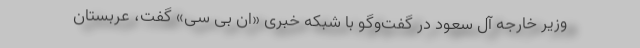
وزیر خارجه آل سعود در گفت‌‌وگو با شبکه خبری «ان بی سی» گفت، عربستان